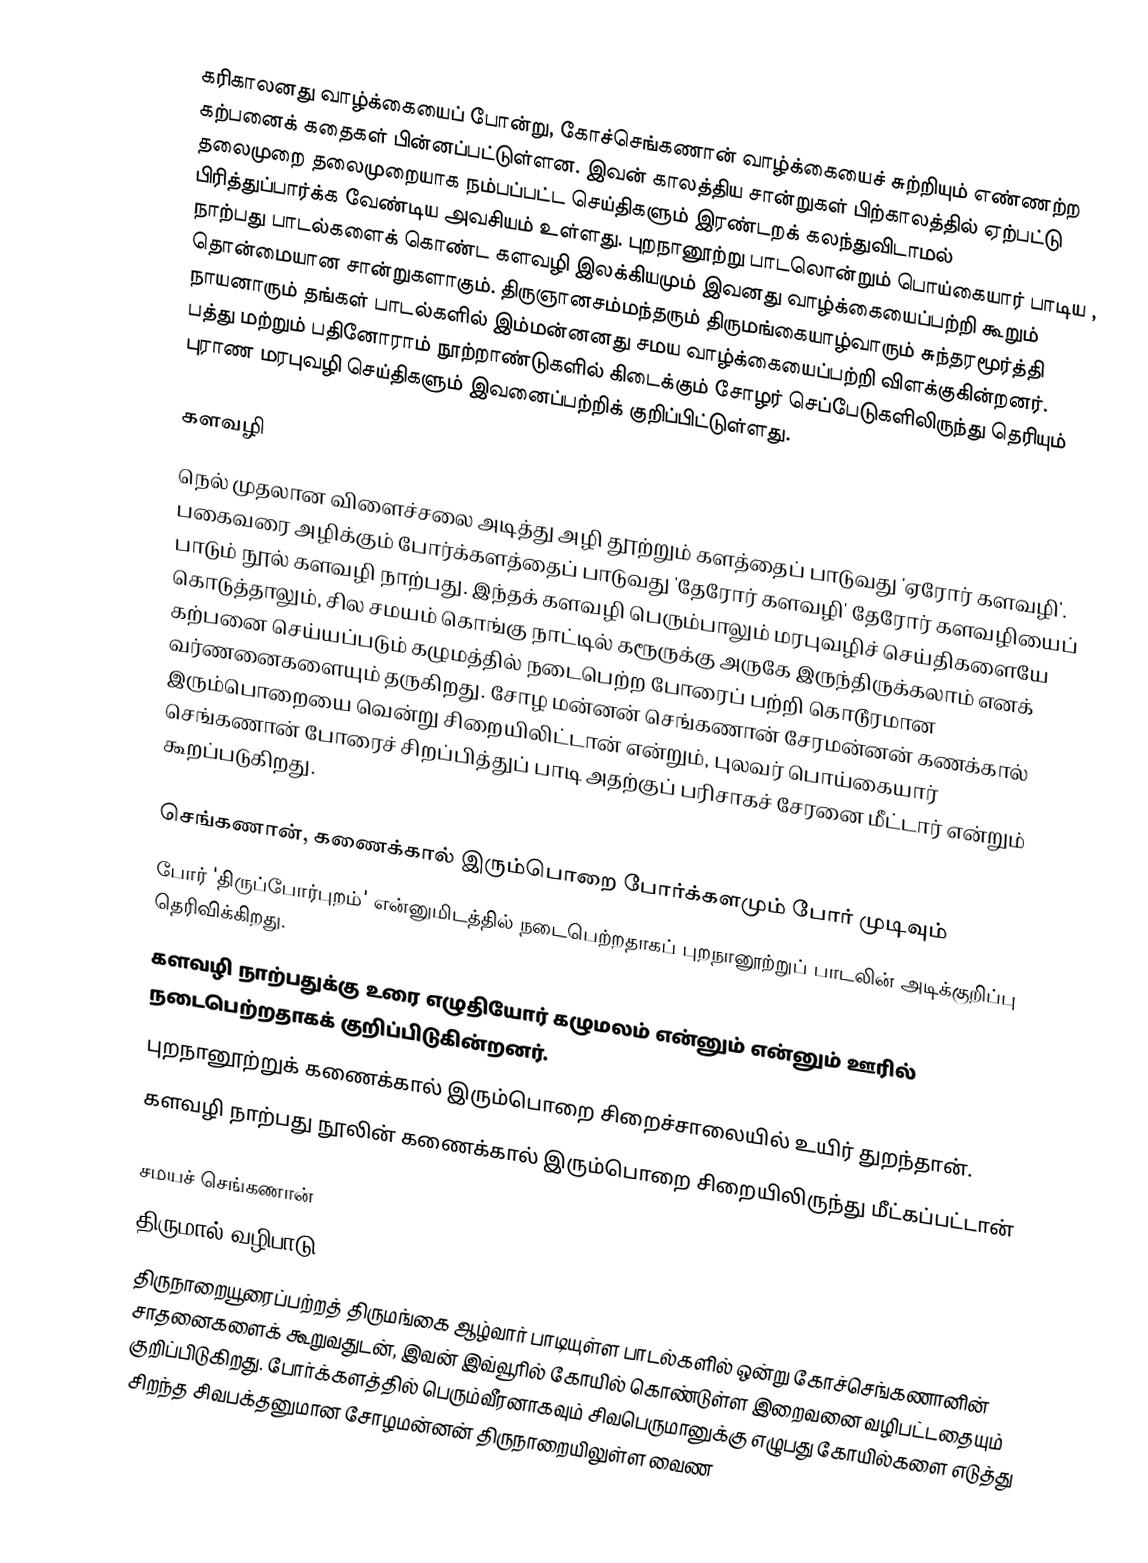
கரிகாலனது வாழ்க்கையைப் போன்று, கோச்செங்கணான் வாழ்க்கையைச் சுற்றியும் எண்ணற்ற கற்பனைக் கதைகள் பின்னப்பட்டுள்ளன. இவன் காலத்திய சான்றுகள் பிற்காலத்தில் ஏற்பட்டு தலைமுறை தலைமுறையாக நம்பப்பட்ட செய்திகளும் இரண்டறக் கலந்துவிடாமல் பிரித்துப்பார்க்க வேண்டிய அவசியம் உள்ளது. புறநானூற்று பாடலொன்றும் பொய்கையார் பாடிய , நாற்பது பாடல்களைக் கொண்ட களவழி இலக்கியமும் இவனது வாழ்க்கையைப்பற்றி கூறும் தொன்மையான சான்றுகளாகும். திருஞானசம்மந்தரும் திருமங்கையாழ்வாரும் சுந்தரமூர்த்தி நாயனாரும் தங்கள் பாடல்களில் இம்மன்னனது சமய வாழ்க்கையைப்பற்றி விளக்குகின்றனர். பத்து மற்றும் பதினோராம் நூற்றாண்டுகளில் கிடைக்கும் சோழர் செப்பேடுகளிலிருந்து தெரியும் புராண மரபுவழி செய்திகளும்  இவனைப்பற்றிக் குறிப்பிட்டுள்ளது.

களவழி
நெல் முதலான விளைச்சலை அடித்து அழி தூற்றும் களத்தைப் பாடுவது 'ஏரோர் களவழி'. பகைவரை அழிக்கும் போர்க்களத்தைப் பாடுவது 'தேரோர் களவழி' தேரோர் களவழியைப் பாடும் நூல் களவழி நாற்பது. இந்தக் களவழி பெரும்பாலும் மரபுவழிச் செய்திகளையே கொடுத்தாலும், சில சமயம் கொங்கு நாட்டில் கரூருக்கு அருகே இருந்திருக்கலாம் எனக் கற்பனை செய்யப்படும் கழுமத்தில் நடைபெற்ற போரைப் பற்றி கொடூரமான வர்ணனைகளையும் தருகிறது. சோழ மன்னன் செங்கணான் சேரமன்னன் கணக்கால் இரும்பொறையை வென்று சிறையிலிட்டான் என்றும், புலவர் பொய்கையார் செங்கணான் போரைச் சிறப்பித்துப் பாடி அதற்குப் பரிசாகச் சேரனை மீட்டார் என்றும் கூறப்படுகிறது.

செங்கணான், கணைக்கால் இரும்பொறை போர்க்களமும் போர் முடிவும்
போர் 'திருப்போர்புறம்' என்னுமிடத்தில் நடைபெற்றதாகப் புறநானூற்றுப் பாடலின் அடிக்குறிப்பு தெரிவிக்கிறது.
களவழி நாற்பதுக்கு உரை எழுதியோர் கழுமலம் என்னும் என்னும் ஊரில் நடைபெற்றதாகக் குறிப்பிடுகின்றனர்.
புறநானூற்றுக் கணைக்கால் இரும்பொறை சிறைச்சாலையில் உயிர் துறந்தான்.
களவழி நாற்பது நூலின் கணைக்கால் இரும்பொறை சிறையிலிருந்து மீட்கப்பட்டான்

சமயச் செங்கணான்
திருமால் வழிபாடு
திருநாறையூரைப்பற்றத் திருமங்கை ஆழ்வார் பாடியுள்ள பாடல்களில் ஒன்று கோச்செங்கணானின் சாதனைகளைக் கூறுவதுடன், இவன் இவ்வூரில் கோயில் கொண்டுள்ள இறைவனை வழிபட்டதையும் குறிப்பிடுகிறது. போர்க்களத்தில் பெரும்வீரனாகவும் சிவபெருமானுக்கு எழுபது கோயில்களை எடுத்து சிறந்த சிவபக்தனுமான சோழமன்னன் திருநாறையிலுள்ள வைண